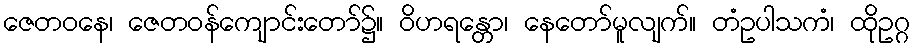
ဇေတဝနေ၊ ဇေတဝန်ကျောင်းတော်၌။ ဝိဟရန္တော၊ နေတော်မူလျက်။ တံဥပါသကံ၊ ထိုဥဂ္ဂ